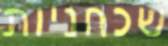
שכחניות